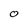
Character: O